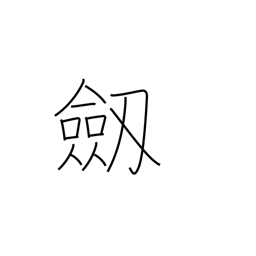
Meaning: sword